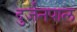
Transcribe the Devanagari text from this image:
दुर्जनपाल